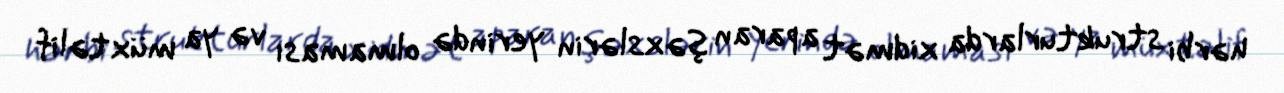
hərbi strukturlarda xidmət aparan şəxslərin yerində olmaması və ya müxtəlif